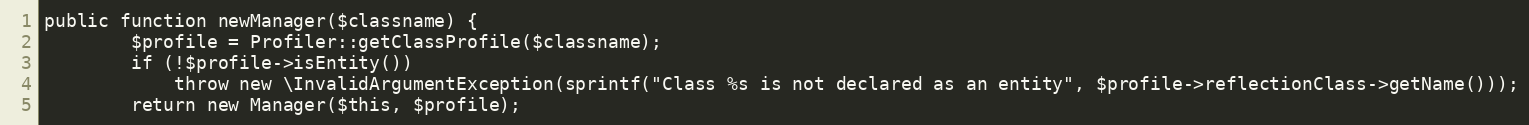
Language: PHP
public function newManager($classname) {
		$profile = Profiler::getClassProfile($classname);
		if (!$profile->isEntity())
			throw new \InvalidArgumentException(sprintf("Class %s is not declared as an entity", $profile->reflectionClass->getName()));
		return new Manager($this, $profile);